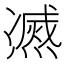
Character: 𰟠